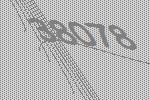
38078